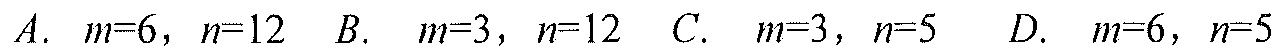
\(A.\ m = 6,\ n = 12\)  \(B.\ m = 3,\ n = 12\)  \(C.\ m = 3,\ n = 5\)  \(D.\ m = 6,\ n = 5\)